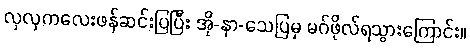
လှလှကလေးဖန်ဆင်းပြပြီး အို-နာ-သေပြမှ မဂ်ဖိုလ်ရသွားကြောင်း။